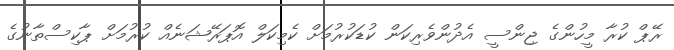
ރޭޕް ކުރާ މީހުންގެ ޖިންސީ އެދުންވެރިކަން ކުޑަކުރުމަށް ކެމިކަލް އޮޕަރޭޝަނެއް ކުރުމަށް ޕާކިސްތާނުގެ